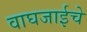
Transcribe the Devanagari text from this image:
वाघजाईचे